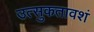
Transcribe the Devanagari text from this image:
उत्‍सुकतावशं